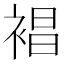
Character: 裮